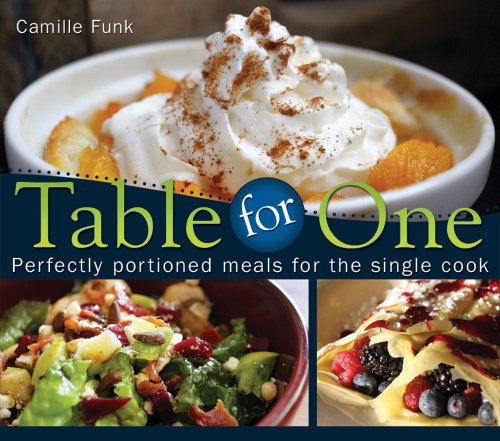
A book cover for Table for One; Camille Funk; Cookbooks, Food & Wine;